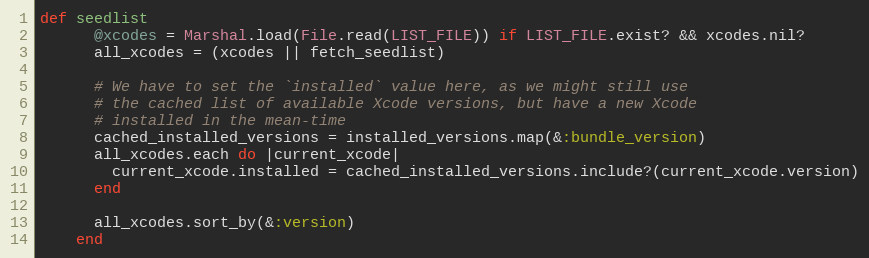
Language: Ruby
def seedlist
      @xcodes = Marshal.load(File.read(LIST_FILE)) if LIST_FILE.exist? && xcodes.nil?
      all_xcodes = (xcodes || fetch_seedlist)

      # We have to set the `installed` value here, as we might still use
      # the cached list of available Xcode versions, but have a new Xcode
      # installed in the mean-time
      cached_installed_versions = installed_versions.map(&:bundle_version)
      all_xcodes.each do |current_xcode|
        current_xcode.installed = cached_installed_versions.include?(current_xcode.version)
      end

      all_xcodes.sort_by(&:version)
    end